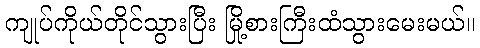
ကျုပ်ကိုယ်တိုင်သွားပြီး မြို့စားကြီးထံသွားမေးမယ်။